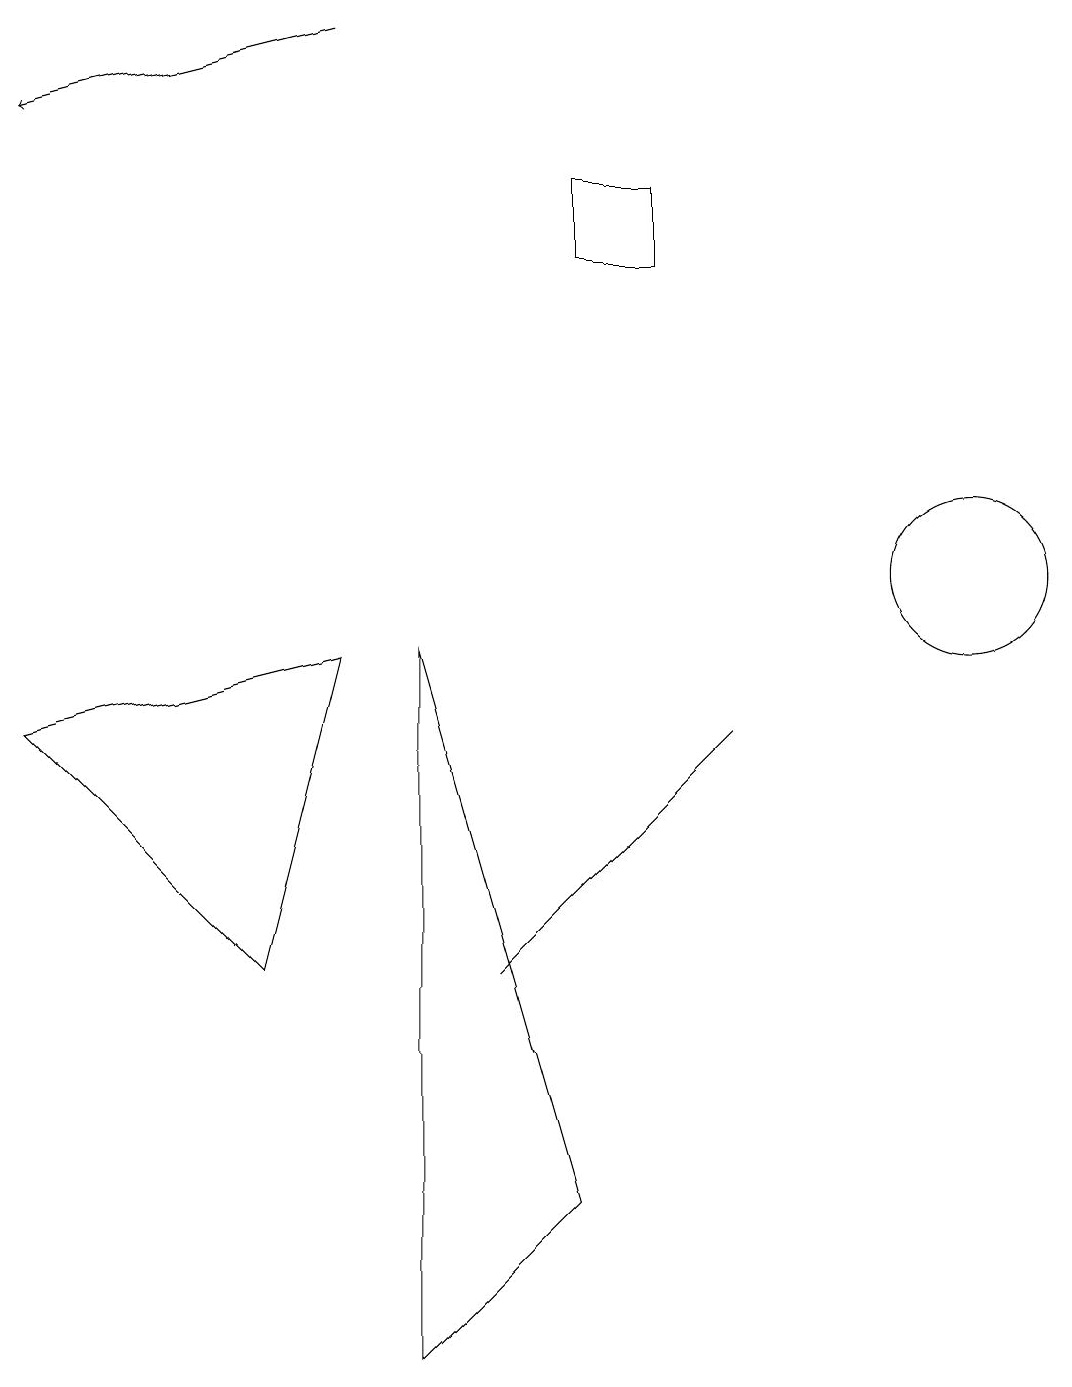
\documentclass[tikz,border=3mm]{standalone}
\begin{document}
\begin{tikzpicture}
\draw (12,10) circle (1);
\draw[->] (4,17) -- (0,16);
\draw (7,6) -- (6,5) -- (9,8) -- cycle;
\draw (4,9) -- (0,8) -- (3,5) -- cycle;
\draw (8,15) rectangle (7,14);
\draw (5,9) -- (7,2) -- (5,0) -- cycle;
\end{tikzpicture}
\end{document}